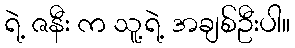
ရဲ့ ဇနီး က သူ့ရဲ့ အချစ်ဦးပါ။